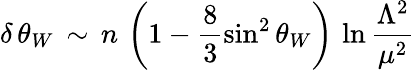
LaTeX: \delta\, \theta_{W}\, \sim\, n\, \left(1-\frac{8}{3}\sin^{2}\theta_{W}\right)\, \ln\frac{\Lambda^{2}}{\mu^{2}}